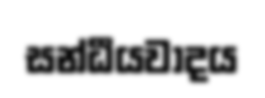
සන්ධීයවාදය